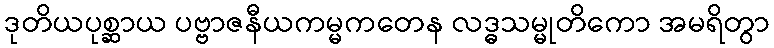
ဒုတိယပုစ္ဆာယ ပဗ္ဗာဇနီယကမ္မကတေန လဒ္ဓသမ္မုတိကော အမရိတွာ